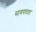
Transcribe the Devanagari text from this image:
सावयवता